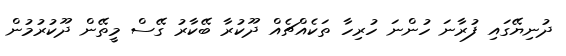
ދުނިޔޭގައި ފުރާނަ ހުންނަ ހުރިހާ ތަކެއްޗެއް ދޫކުރާ ބޭކާރު ގޭސް މީތޭން ދޫކުރުމުން